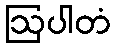
ဩပါတံ